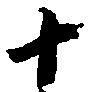
十